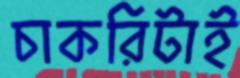
চাকরিটাই